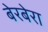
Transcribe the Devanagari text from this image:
बेरबेरा